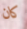
كان